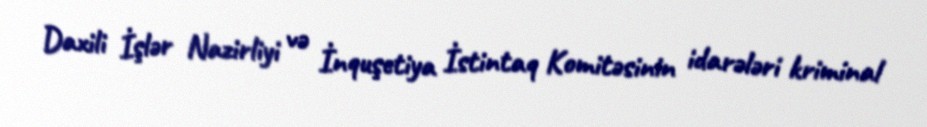
Daxili İşlər Nazirliyi və İnquşetiya İstintaq Komitəsinin idarələri kriminal